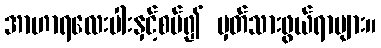
အာဟာရလေးပါးနှင့်စပ်၍ မှတ်သားဖွယ်ရာများ။